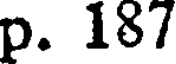
p. 187